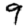
Digit: 9